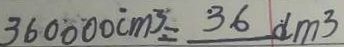
3 6 0 0 0 0 c m ^ { 3 } = 3 6 d m ^ { 3 }